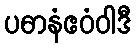
ပဓာနံဧဝံဝါဒီ